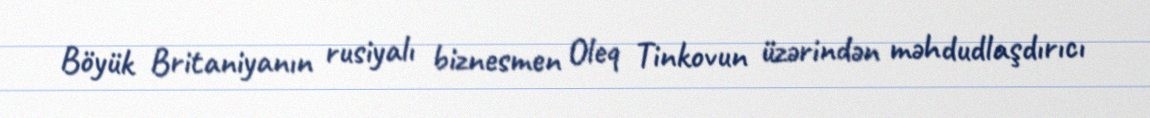
Böyük Britaniyanın rusiyalı biznesmen Oleq Tinkovun üzərindən məhdudlaşdırıcı